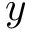
y